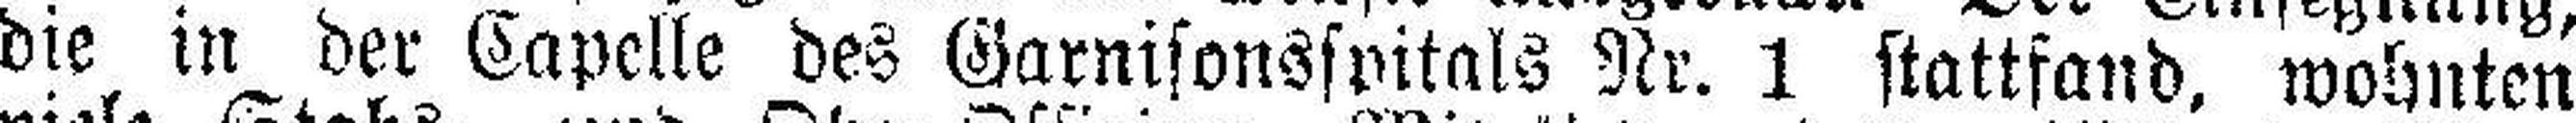
die in der Capelle des Garnisonsspitals Nr. 1 stattfand, wohnten